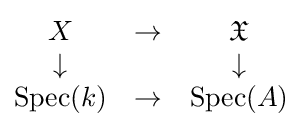
{\begin{matrix}X&\to &{\mathfrak {X}}\\\downarrow &&\downarrow \\\operatorname {Spec} (k)&\to &\operatorname {Spec} (A)\end{matrix}}